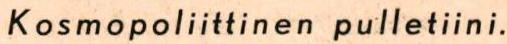
Kosmopoliittinen pulletiini.